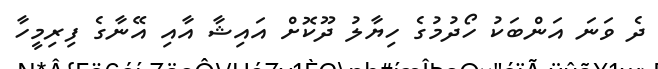
ދެ ވަނަ އަންބަކު ހޯދުމުގެ ހިޔާލު ދޫކޮށް އައިޝާ އާއި އޭނާގެ ފިރިމީހާ